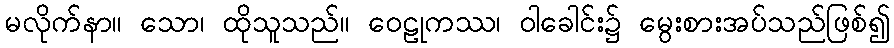
မလိုက်နာ။ သော၊ ထိုသူသည်။ ဝေဠုကဿ၊ ဝါခေါင်း၌ မွေးစားအပ်သည်ဖြစ်၍